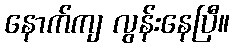
နောက်ကျ လွန်းနေပြီ။